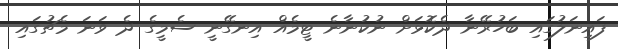
ފައިނަލުގައި ބަހުރޭނާ ދެކޮޅަށް ނުކުނާނެ ޓީމެއް އިނގޭނީ ސެމީގެ ދެ ވަނަ މެޗުގައި